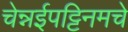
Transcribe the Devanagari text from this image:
चेन्नईपट्टिनमचे